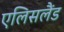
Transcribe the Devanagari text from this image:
एलिसलैंड